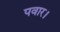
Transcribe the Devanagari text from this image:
पवार।